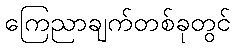
ကြေညာချက်တစ်ခုတွင်